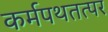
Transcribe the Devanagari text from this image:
कर्मपथतत्पर